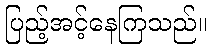
ပြည့်အင့်နေကြသည်။